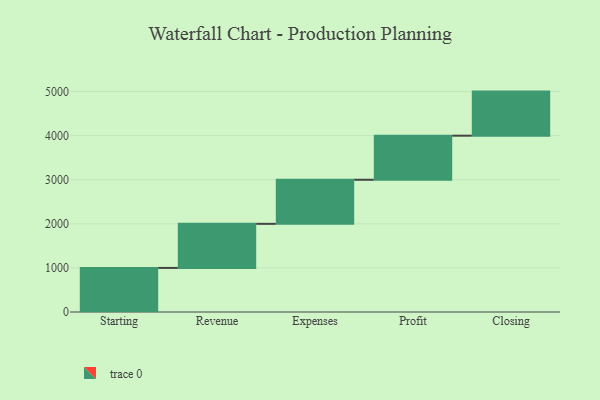
{"axis": {"x": "Step", "y": "Value"}, "legend": [""], "data": [{"x": "Starting", "y": 1000, "type": ""}, {"x": "Revenue", "y": 1000, "type": ""}, {"x": "Expenses", "y": 1000, "type": ""}, {"x": "Profit", "y": 1000, "type": ""}, {"x": "Closing", "y": 1000, "type": ""}]}